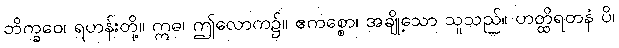
ဘိက္ခဝေ၊ ရဟန်းတို့။ ဣဓ၊ ဤလောက၌။ ဧကစ္စော၊ အချို့သော သူသည်။ ဟတ္ထိရတနံ ပိ၊